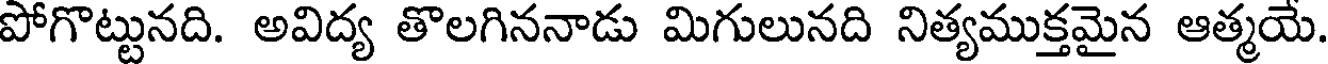
పోగొట్టునది. అవిద్య తొలగిననాడు మిగులునది నిత్యముక్తమైన ఆత్మయే